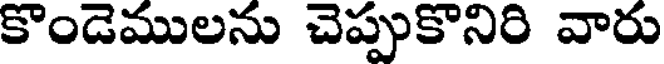
కొండెములను చెప్పుకొనిరి వారు